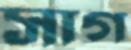
সাগ